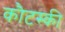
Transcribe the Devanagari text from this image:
कौटस्की